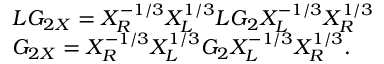
\begin{array} { l } { { L G _ { 2 X } = X _ { R } ^ { - 1 / 3 } X _ { L } ^ { 1 / 3 } L G _ { 2 } X _ { L } ^ { - 1 / 3 } X _ { R } ^ { 1 / 3 } } } \\ { { G _ { 2 X } = X _ { R } ^ { - 1 / 3 } X _ { L } ^ { 1 / 3 } G _ { 2 } X _ { L } ^ { - 1 / 3 } X _ { R } ^ { 1 / 3 } . } } \end{array}